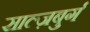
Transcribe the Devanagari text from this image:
साल्ज़बुर्ग